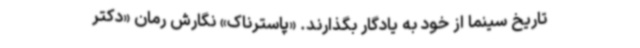
تاریخ سینما از خود به یادگار بگذارند. «پاسترناک» نگارش رمان «دکتر